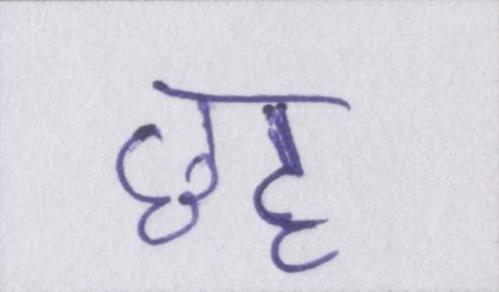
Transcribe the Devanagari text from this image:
छह